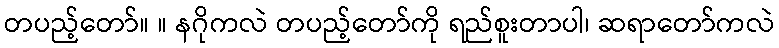
တပည့်တော်။ ။ နဂိုကလဲ တပည့်တော်ကို ရည်စူးတာပါ၊ ဆရာတော်ကလဲ